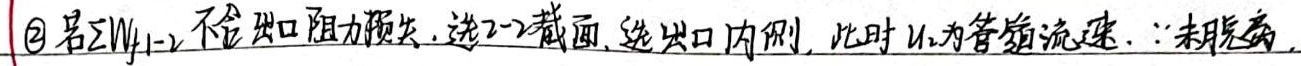
\textcircled{2} 若$\sum W_{f1 - 2}$不含出口阻力损失，选2 - 2截面，选出口内侧，此时$u_{2}$为管内流速。$\because$未脱离